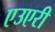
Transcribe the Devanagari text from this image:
एउएरी